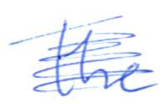
Text: the
Cross-out: scratch
Writing tool: ballpoint